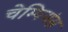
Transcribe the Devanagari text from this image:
चेम्पियंस